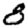
Digit: 8